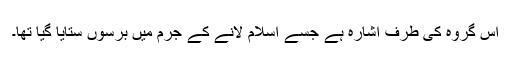
اُس گروہ کی طرف اشارہ ہے جسے اسلام لانے کے جرم میں برسوں ستایا گیا تھا۔